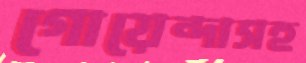
গোয়েন্দাসহ